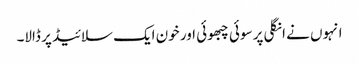
انہوں نے انگلی پر سوئی چبھوئی اور خون ایک سلائیڈ پر ڈالا۔